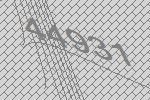
44931